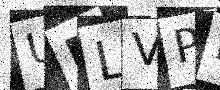
Text: URLVPB